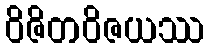
ဝိဇိတဝိဇယဿ